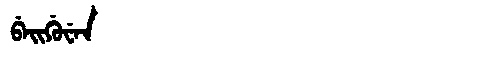
Manchu: ᠪᡝᡳᡤᡠᠸᡝᠨ
Romanization: BEIGUWEN